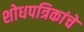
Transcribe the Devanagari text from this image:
शोधपत्रिकांचे